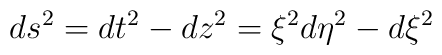
ds^2=dt^2-dz^2=\xi^2d\eta^2-d\xi^2